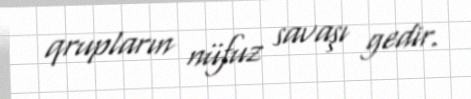
qrupların nüfuz savaşı gedir.